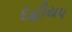
દહીયપ